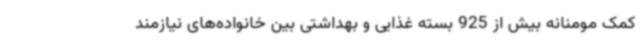
کمک مومنانه بیش از 925 بسته غذایی و بهداشتی بین خانواده‌های نیازمند